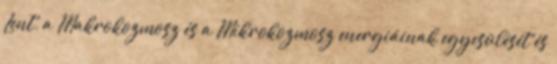
Lent, a Makrokozmosz és a Mikrokozmosz energiáinak egyesülését és